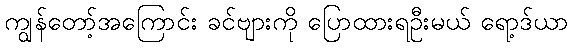
ကျွန်တော့်အကြောင်း ခင်ဗျားကို ပြောထားရဦးမယ် ရော့ဒ်ယာ